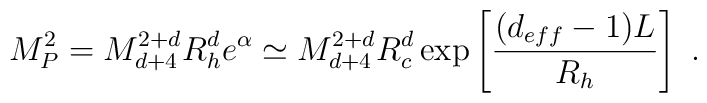
M_P^2=M_{d+4}^{2+d}R_h^d e^{\alpha } \simeq M_{d+4}^{2+d} R^d_c\exp\left[\frac{(d_{eff}-1)L}{R_h}\right] \ .